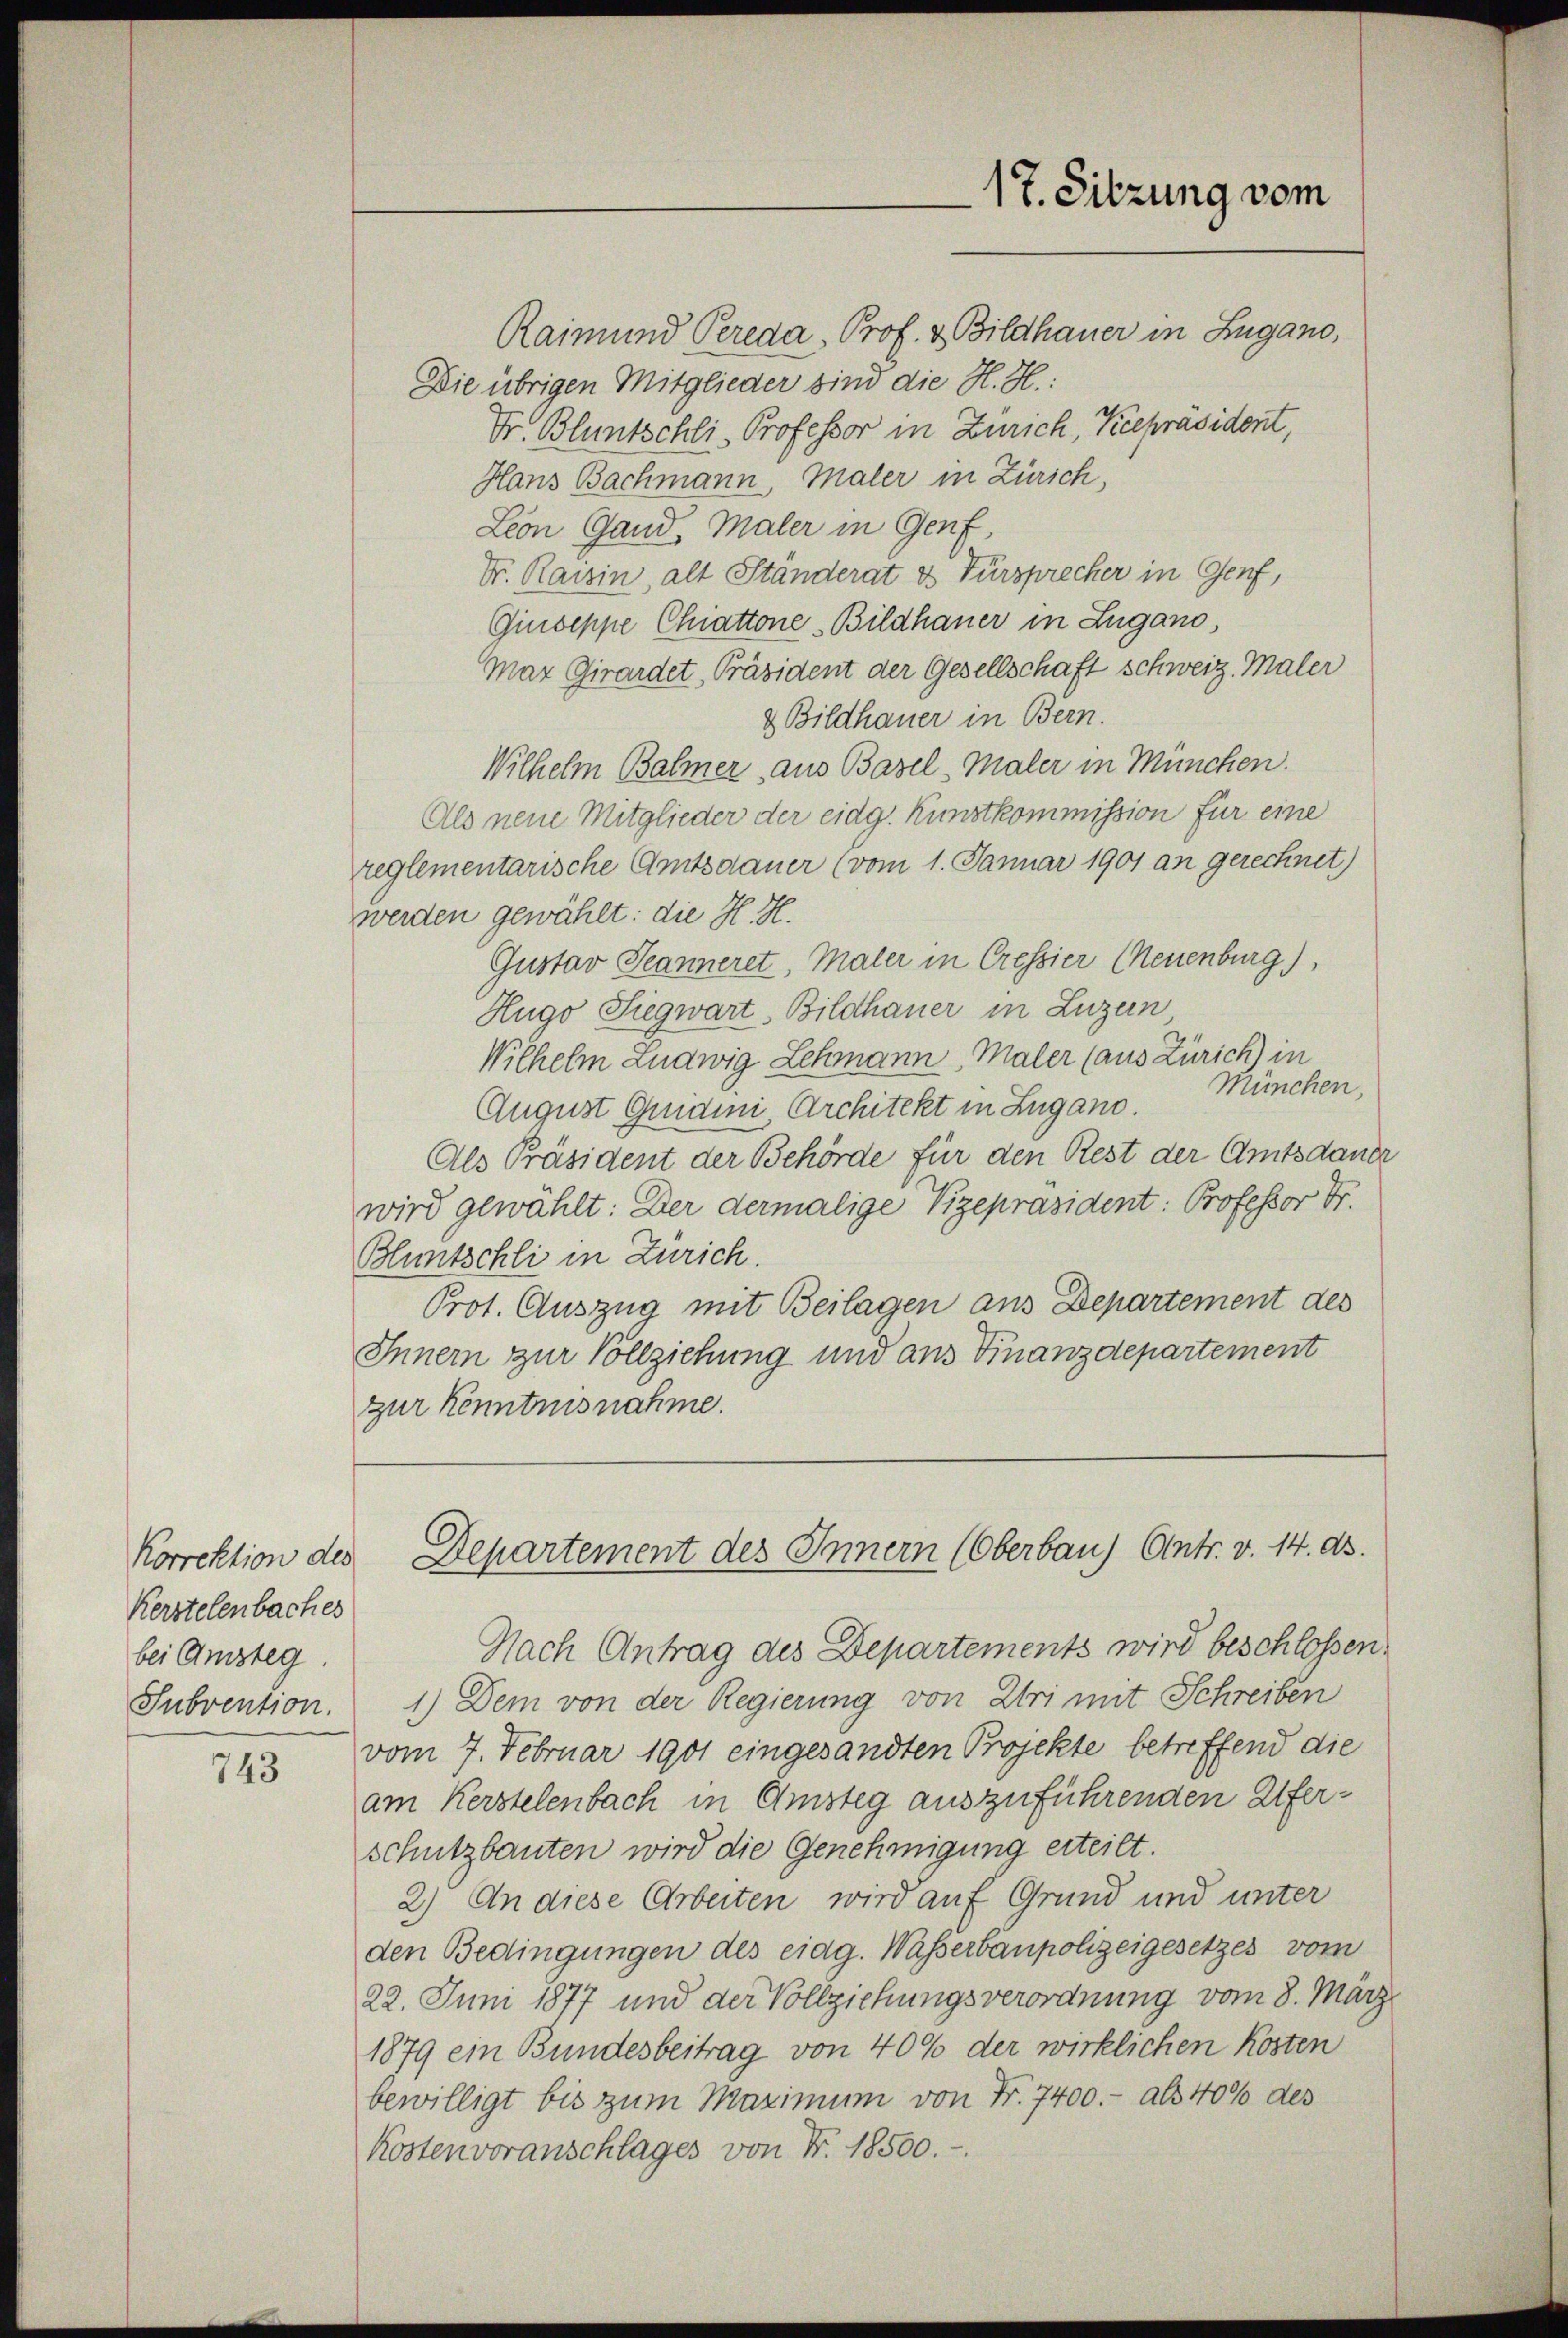
Kerstelenbaches
bei Amsteg.

743

17. Sitzung vom

Raimund Pereda, Prof. v. Bildhauer in Zugano,
Die übrigen Mitglieder sind die H. H.
Dr. Bluntschli, Professor in Zürich, Keepräsident,
Hans Bachmann, Maler in Zürich,
Lion Gand, Maler in Genf,
Dr. Raisin, alt Ständerat & Fürsprecher in Genf,
Giuseppe Chiattone Bildhauer in Zugano,
Mar Girardet, Präsident der Gesellschaft schweiz. Maler
& Bildhauer in Bern.
Wilhelm Balmer, aus Basel, Maler in München.
Als neue Mitglieder der eidg. Kunstkommission für eine
reglementarische Amtsdauer (vom 1. Januar 1901 an gerechnet)
werden gewählt: die H. H.
Gustav Jeanneret, Maler in Cressier Neuenburg),
Hugo Siegwart, Bildhauer in Luzern
Wilhelm Ludwig Lehmann, Maler (aus Zürich) in
München,
August Quaini, Architekt in Zugano.
Als Präsident der Behörde für den Rest der Amtsdauer
wird gewählt: Der dermalige Vizepräsident: Professor Dr.
Bluntschli in Zürich.
Prot. Auszug mit Beilagen aus Departement des
Innern zur Vollziehung und aus Finanzdepartement
zur Kenntnisnahme.

Nach Antrag des Departements wird beschlossen.
Subvention. 1) Dem von der Regierung von Uri mit Schreiben
vom 7. Februar 1901 eingesandten Projekte betreffend die
am Kerstelenbach in Amsteg auszuführenden Uferschutzbauten wird die Genehmigung erteilt.
2.) An diese Arbeiten wird auf Grund und unter
den Bedingungen des eidg. Wasserbaupolizeigesetzes vom
22. Juni 1877 und der Vollziehungsverordnung vom 8. März
1879 ein Bundesbeitrag von 40% der wirklichen Kosten
bewilligt bis zum Maximum von Fr. 7400.- als 40% des
Kostenvoranschlages von Fr. 18500.-

Korrektion des Departement des Innern (Oberbaus Antr. v. 14. ds.